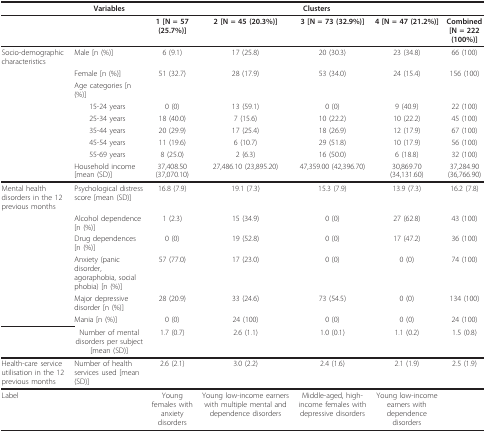
<table><thead><tr><td></td><td><b>Variables</b></td><td colspan="5"><b>Clusters</b></td></tr></thead><tbody><tr><td></td><td></td><td><b>1 [N = 57 (25.7%)]</b></td><td><b>2 [N = 45 (20.3%)]</b></td><td><b>3 [N = 73 (32.9%)]</b></td><td><b>4 [N = 47 (21.2%)]</b></td><td><b>Combined [N = 222 (100%)]</b></td></tr><tr><td>Socio-demographic characteristics</td><td>Male [n (%)]</td><td>6 (9.1)</td><td>17 (25.8)</td><td>20 (30.3)</td><td>23 (34.8)</td><td>66 (100)</td></tr><tr><td></td><td>Female [n (%)]</td><td>51 (32.7)</td><td>28 (17.9)</td><td>53 (34.0)</td><td>24 (15.4)</td><td>156 (100)</td></tr><tr><td></td><td>Age categories [n (%)]</td><td></td><td></td><td></td><td></td><td></td></tr><tr><td></td><td> 15-24 years</td><td>0 (0)</td><td>13 (59.1)</td><td>0 (0)</td><td>9 (40.9)</td><td>22 (100)</td></tr><tr><td></td><td> 25-34 years</td><td>18 (40.0)</td><td>7 (15.6)</td><td>10 (22.2)</td><td>10 (22.2)</td><td>45 (100)</td></tr><tr><td></td><td> 35-44 years</td><td>20 (29.9)</td><td>17 (25.4)</td><td>18 (26.9)</td><td>12 (17.9)</td><td>67 (100)</td></tr><tr><td></td><td> 45-54 years</td><td>11 (19.6)</td><td>6 (10.7)</td><td>29 (51.8)</td><td>10 (17.9)</td><td>56 (100)</td></tr><tr><td></td><td> 55-69 years</td><td>8 (25.0)</td><td>2 (6.3)</td><td>16 (50.0)</td><td>6 (18.8)</td><td>32 (100)</td></tr><tr><td></td><td>Household income [mean (SD)]</td><td>37,408.50 (37,070.10)</td><td>27,486.10 (23,895.20)</td><td>47,359.00 (42,396.70)</td><td>30,869.70 (34,131.60)</td><td>37,284.90 (36,766.90)</td></tr><tr><td>Mental health disorders in the 12 previous months</td><td>Psychological distress score [mean (SD)]</td><td>16.8 (7.9)</td><td>19.1 (7.3)</td><td>15.3 (7.9)</td><td>13.9 (7.3)</td><td>16.2 (7.8)</td></tr><tr><td></td><td>Alcohol dependence [n (%)]</td><td>1 (2.3)</td><td>15 (34.9)</td><td>0 (0)</td><td>27 (62.8)</td><td>43 (100)</td></tr><tr><td></td><td>Drug dependences [n (%)]</td><td>0 (0)</td><td>19 (52.8)</td><td>0 (0)</td><td>17 (47.2)</td><td>36 (100)</td></tr><tr><td></td><td>Anxiety (panic disorder, agoraphobia, social phobia) [n (%)]</td><td>57 (77.0)</td><td>17 (23.0)</td><td>0 (0)</td><td>0 (0)</td><td>74 (100)</td></tr><tr><td></td><td>Major depressive disorder [n (%)]</td><td>28 (20.9)</td><td>33 (24.6)</td><td>73 (54.5)</td><td>0 (0)</td><td>134 (100)</td></tr><tr><td></td><td>Mania [n (%)]</td><td>0 (0)</td><td>24 (100)</td><td>0 (0)</td><td>0 (0)</td><td>24 (100)</td></tr><tr><td></td><td>Number of mental disorders per subject [mean (SD)]</td><td>1.7 (0.7)</td><td>2.6 (1.1)</td><td>1.0 (0.1)</td><td>1.1 (0.2)</td><td>1.5 (0.8)</td></tr><tr><td>Health-care service utilisation in the 12 previous months</td><td>Number of health services used [mean (SD)]</td><td>2.6 (2.1)</td><td>3.0 (2.2)</td><td>2.4 (1.6)</td><td>2.1 (1.9)</td><td>2.5 (1.9)</td></tr><tr><td>Label</td><td></td><td>Young females with anxiety disorders</td><td>Young low-income earners with multiple mental and dependence disorders</td><td>Middle-aged, high-income females with depressive disorders</td><td>Young low-income earners with dependence disorders</td><td></td></tr></tbody></table>